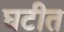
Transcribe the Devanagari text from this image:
घटीत